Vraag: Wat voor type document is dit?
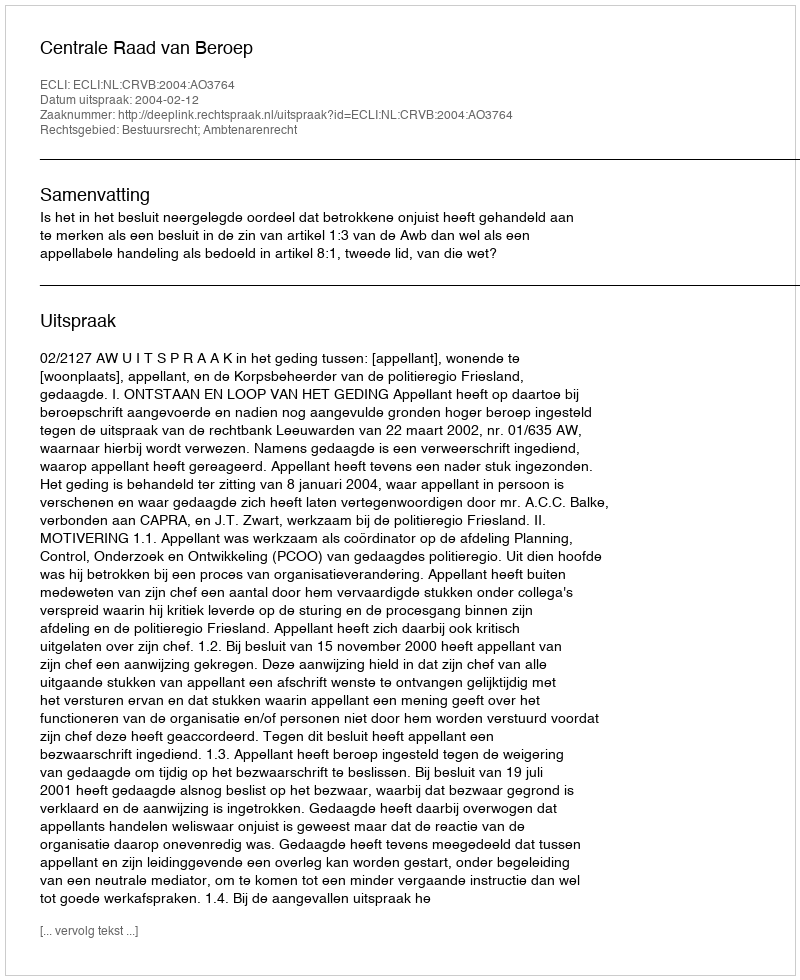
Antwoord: Uitspraak